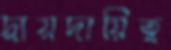
দ্বায়দায়িত্ব